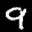
Label: 9